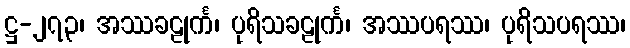
ဋ္ဌ-၂၇၃၊ အဿခဠုင်္က၊ ပုရိသခဠုင်္က၊ အဿပရဿ၊ ပုရိသပရဿ၊